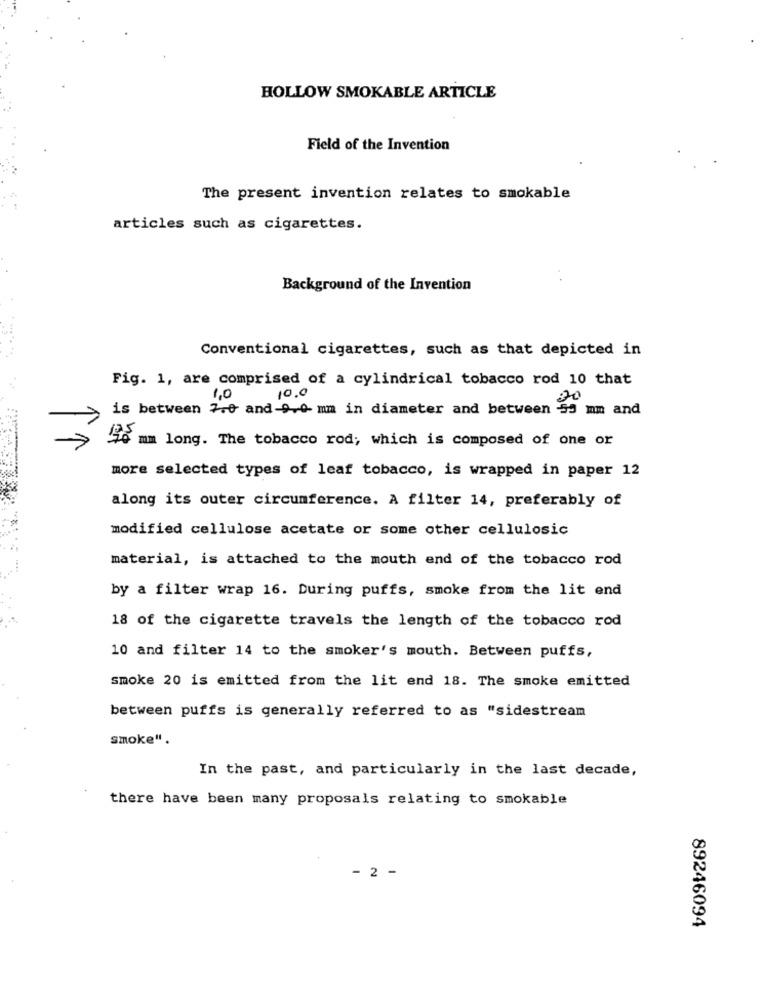
HOLLOW SMOKABLE ARTICLE
Field of the Invention
The present invention relates to smokable
articles such as cigarettes.
Background of the Invention
Conventional cigarettes, such as that depicted in
Fig. 1, are comprised of a cylindrical tobacco rod 10 that
10.0
1,0
is between 7.0 and-9.0 mm in diameter and between 55 mm and
76 mm long. The tobacco rod; which is composed of one or
more selected types of leaf tobacco, is wrapped in paper 12
along its outer circumference. A filter 14, preferably of
modified cellulose acetate or some other cellulosic
material, is attached to the mouth end of the tobacco rod
by a filter wrap 16. During puffs, smoke from the lit end
18 of the cigarette travels the length of the tobacco rod
10 and filter 14 to the smoker's mouth. Between puffs,
smoke 20 is emitted from the lit end 18. The smoke emitted
between puffs is generally referred to as "sidestream
smoke".
In the past, and particularly in the last decade,
there have been many proposals relating to smokable
- 2 -
89246094